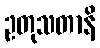
ဥတုသတာနိ